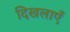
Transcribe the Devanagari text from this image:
दिखलाएँ